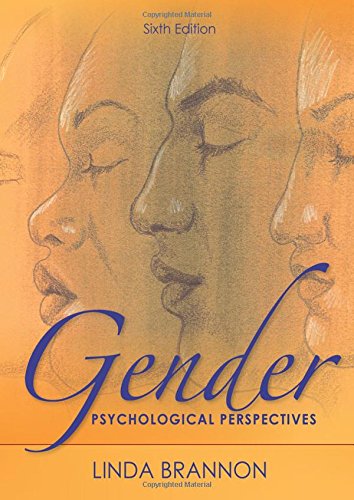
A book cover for Gender: Psychological Perspectives, Sixth Edition; Linda Brannon; Medical Books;